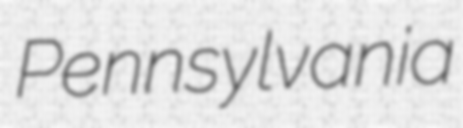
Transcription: Pennsylvania